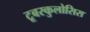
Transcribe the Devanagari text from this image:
टूबरकुलोसिस